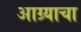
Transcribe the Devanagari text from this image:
आग्र्याचा